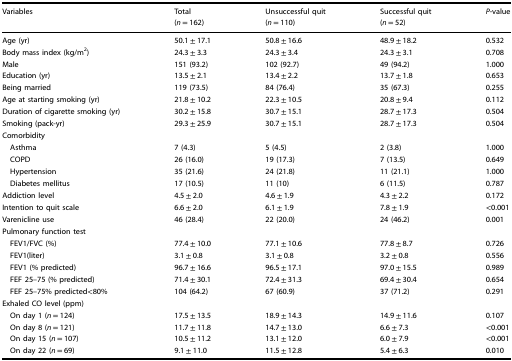
<table><thead><tr><td><b>Variables</b></td><td><b>Total</b></td><td><b>Unsuccessful quit</b></td><td><b>Successful quit</b></td><td><b><i>P</i>-value</b></td></tr><tr><td></td><td><b>(<i>n</i> = 162)</b></td><td><b>(<i>n </i>= 110)</b></td><td><b>(<i>n </i>= 52)</b></td><td></td></tr></thead><tbody><tr><td>Age (yr)</td><td>50.1 ± 17.1</td><td>50.8 ± 16.6</td><td>48.9 ± 18.2</td><td>0.532</td></tr><tr><td>Body mass index (kg/m<sup>2</sup>)</td><td>24.3 ± 3.3</td><td>24.3 ± 3.4</td><td>24.3 ± 3.1</td><td>0.708</td></tr><tr><td>Male</td><td>151 (93.2)</td><td>102 (92.7)</td><td>49 (94.2)</td><td>1.000</td></tr><tr><td>Education (yr)</td><td>13.5 ± 2.1</td><td>13.4 ± 2.2</td><td>13.7 ± 1.8</td><td>0.653</td></tr><tr><td>Being married</td><td>119 (73.5)</td><td>84 (76.4)</td><td>35 (67.3)</td><td>0.255</td></tr><tr><td>Age at starting smoking (yr)</td><td>21.8 ± 10.2</td><td>22.3 ± 10.5</td><td>20.8 ± 9.4</td><td>0.112</td></tr><tr><td>Duration of cigarette smoking (yr)</td><td>30.2 ± 15.8</td><td>30.7 ± 15.1</td><td>28.7 ± 17.3</td><td>0.504</td></tr><tr><td>Smoking (pack-yr)</td><td>29.3 ± 25.9</td><td>30.7 ± 15.1</td><td>28.7 ± 17.3</td><td>0.504</td></tr><tr><td colspan="5">Comorbidity</td></tr><tr><td> Asthma</td><td>7 (4.3)</td><td>5 (4.5)</td><td>2 (3.8)</td><td>1.000</td></tr><tr><td> COPD</td><td>26 (16.0)</td><td>19 (17.3)</td><td>7 (13.5)</td><td>0.649</td></tr><tr><td> Hypertension</td><td>35 (21.6)</td><td>24 (21.8)</td><td>11 (21.1)</td><td>1.000</td></tr><tr><td> Diabetes mellitus</td><td>17 (10.5)</td><td>11 (10)</td><td>6 (11.5)</td><td>0.787</td></tr><tr><td>Addiction level</td><td>4.5 ± 2.0</td><td>4.6 ± 1.9</td><td>4.3 ± 2.2</td><td>0.172</td></tr><tr><td>Intention to quit scale</td><td>6.6 ± 2.0</td><td>6.1 ± 1.9</td><td>7.8 ± 1.9</td><td>&lt;0.001</td></tr><tr><td>Varenicline use</td><td>46 (28.4)</td><td>22 (20.0)</td><td>24 (46.2)</td><td>0.001</td></tr><tr><td colspan="5">Pulmonary function test</td></tr><tr><td> FEV1/FVC (%)</td><td>77.4 ± 10.0</td><td>77.1 ± 10.6</td><td>77.8 ± 8.7</td><td>0.726</td></tr><tr><td> FEV1(liter)</td><td>3.1 ± 0.8</td><td>3.1 ± 0.8</td><td>3.2 ± 0.8</td><td>0.556</td></tr><tr><td> FEV1 (% predicted)</td><td>96.7 ± 16.6</td><td>96.5 ± 17.1</td><td>97.0 ± 15.5</td><td>0.989</td></tr><tr><td> FEF 25–75 (% predicted)</td><td>71.4 ± 30.1</td><td>72.4 ± 31.3</td><td>69.4 ± 30.4</td><td>0.654</td></tr><tr><td> FEF 25–75% predicted&lt;80%</td><td>104 (64.2)</td><td>67 (60.9)</td><td>37 (71.2)</td><td>0.291</td></tr><tr><td colspan="5">Exhaled CO level (ppm)</td></tr><tr><td> On day 1 (<i>n</i> = 124)</td><td>17.5 ± 13.5</td><td>18.9 ± 14.3</td><td>14.9 ± 11.6</td><td>0.107</td></tr><tr><td> On day 8 (<i>n</i> = 121)</td><td>11.7 ± 11.8</td><td>14.7 ± 13.0</td><td>6.6 ± 7.3</td><td>&lt;0.001</td></tr><tr><td> On day 15 (<i>n</i> = 107)</td><td>10.5 ± 11.2</td><td>13.1 ± 12.0</td><td>6.0 ± 7.9</td><td>&lt;0.001</td></tr><tr><td> On day 22 (<i>n</i> = 69)</td><td>9.1 ± 11.0</td><td>11.5 ± 12.8</td><td>5.4 ± 6.3</td><td>0.010</td></tr></tbody></table>